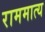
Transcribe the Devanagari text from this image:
राममात्य